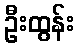
ဦးထွန်း